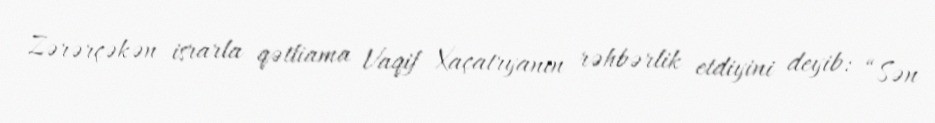
Zərərçəkən israrla qətliama Vaqif Xaçatryanın rəhbərlik etdiyini deyib: “Sən